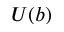
U ( b )